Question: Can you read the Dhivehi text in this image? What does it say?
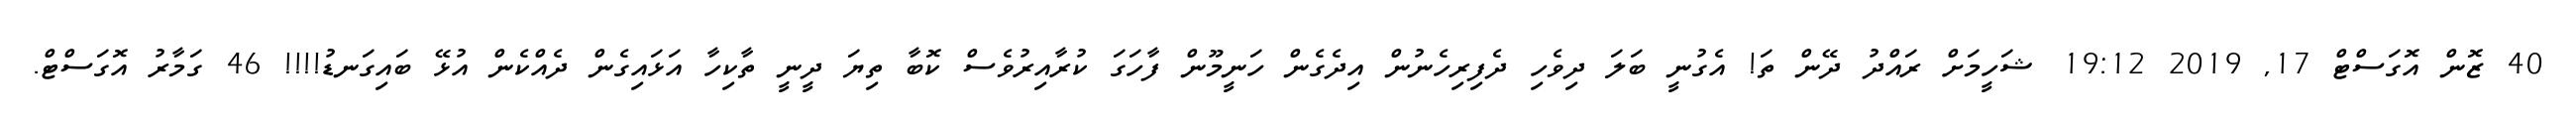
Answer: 40 ޒޮން އޮގަސްޓް 17, 2019 19:12 ޝަހީމަށް ރައްދު ދޭން ތަ! އެގުނީ ބަލަ ދިވެހި ދެފިރިހެނުން އިދެގެން ހަނީމޫން ފާހަގަ ކުރާއިރުވެސް ކޮބާ ތިޔަ ދީނީ ތާކިހާ އަޅައިގެން ދެއްކެން އުޅޭ ބައިގަނޑު!!!! 46 ގަމާރު އޮގަސްޓް.